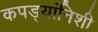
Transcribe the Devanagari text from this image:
कपड्यांनिशी